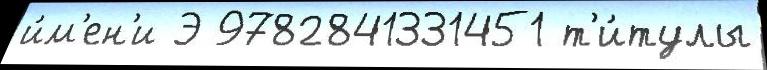
и́м'ен'и Э 9782841331451 т'и́тулы